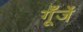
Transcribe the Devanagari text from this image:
गूँजें